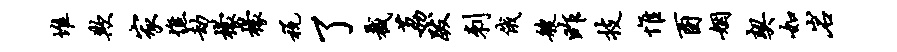
堆欺家憔劫檬檬税了截荔跋刺俄艘昨技惟酉姻契如岩